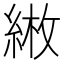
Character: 𦁼